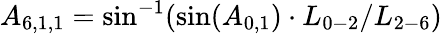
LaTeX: {A_{6,1,1}}=\sin^{-1}(\sin({A_{0,1}})\cdot{L_{0-2}}/{L_{2-6}})